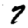
Digit: 7